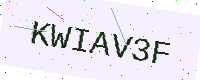
Text: KWIAV3F